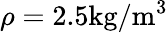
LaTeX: \rho=2.5\textup{kg}/\textup{m}^{3}